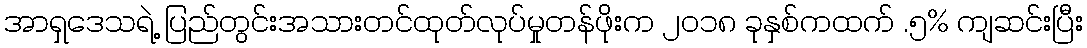
အာရှဒေသရဲ့ ပြည်တွင်းအသားတင်ထုတ်လုပ်မှုတန်ဖိုးက ၂၀၁၈ ခုနှစ်ကထက် .၅% ကျဆင်းပြီး